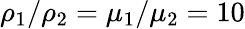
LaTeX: \rho_{1}/\rho_{2}=\mu_{1}/\mu_{2}=10